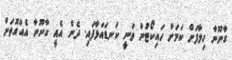
ގާނޫނާ ހިލާފަށް ކަމަށް ހައިކޯޓުން ވަނީ ކަނޑައަޅާފައި. ދެން އެއީ ގާނޫނާ އެއްގޮތަށް